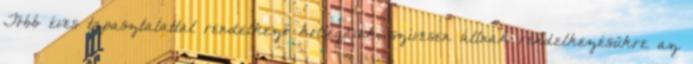
Több éves tapasztalattal rendelkező kollégáink, szívesen állnak rendelkezésükre az